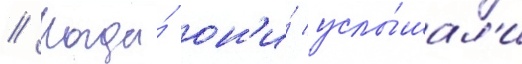
// Когда́ он'и́ услы́шал'и